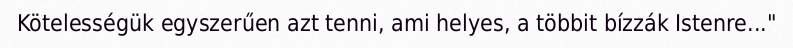
Kötelességük egyszerűen azt tenni, ami helyes, a többit bízzák Istenre..."